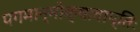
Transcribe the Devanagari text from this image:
पगमान्मोक्षावाप्तिः